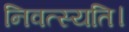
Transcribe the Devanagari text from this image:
निवत्स्यति।